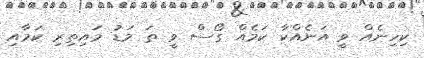
ކިހިނެއް ވީ އަނެއްކާ ކަމެއް ގޯސް ވީ ތަ މަޑު މައިތިރި ކަމާއި